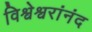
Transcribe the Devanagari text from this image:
विश्वेश्वरांनंद